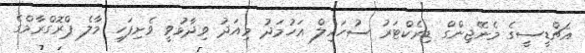
އެޗްޑީސީގެ މެނޭޖިންގް ޑިރެކްޓަރު ސުހައިލް އަހުމަދު މިއަދު ވިދާޅުވީ ވެށިފަހި މާލެ ޕްރޮގްރާމްގެ